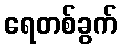
ရေတစ်ခွက်